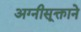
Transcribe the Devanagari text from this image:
अग्नीसूक्ताने